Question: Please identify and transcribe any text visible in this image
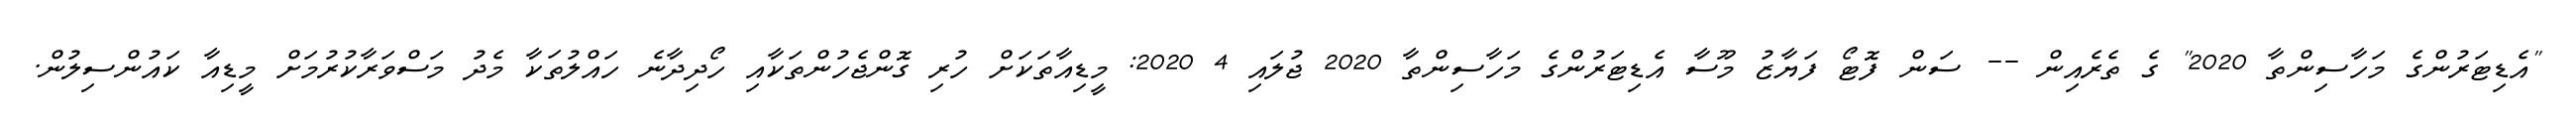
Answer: "އެޑިޓަރުންގެ މަހާސިންތާ 2020" ގެ ތެރެއިން -- ސަން ފޮޓޯ ފަޔާޒު މޫސާ އެޑިޓަރުންގެ މަހާސިންތާ 2020 ޖުލައި 4 2020: މީޑިއާތަކަށް ހުރި ގޮންޖެހުންތަކާއި ހޯދިދާނެ ހައްލުތަކާ މެދު މަސްވަރާކުރުމަށް މީޑިއާ ކައުންސިލުން.